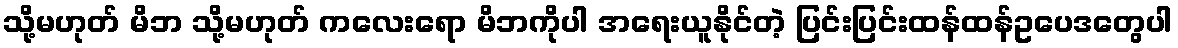
သို့မဟုတ် မိဘ သို့မဟုတ် ကလေးရော မိဘကိုပါ အရေးယူနိုင်တဲ့ ပြင်းပြင်းထန်ထန်ဥပေဒတွေပါ